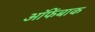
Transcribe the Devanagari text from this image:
ऑफेंबाक